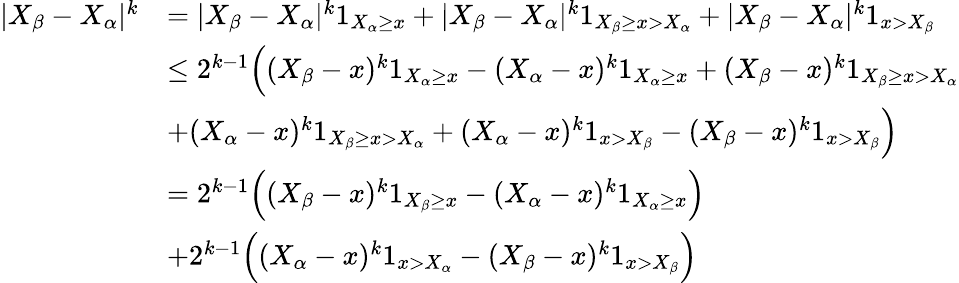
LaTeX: \begin{array}{rl}{|X_{\beta}-X_{\alpha}|^{k}}&{=|X_{\beta}-X_{\alpha}|^{k}1_{X_{\alpha}\geq x}+|X_{\beta}-X_{\alpha}|^{k}1_{X_{\beta}\geq x>X_{\alpha}}+|X_{\beta}-X_{\alpha}|^{k}1_{x>X_{\beta}}}\\ &{\leq 2^{k-1}\Big((X_{\beta}-x)^{k}1_{X_{\alpha}\geq x}-(X_{\alpha}-x)^{k}1_{X_{\alpha}\geq x}+(X_{\beta}-x)^{k}1_{X_{\beta}\geq x>X_{\alpha}}}\\ &{+(X_{\alpha}-x)^{k}1_{X_{\beta}\geq x>X_{\alpha}}+(X_{\alpha}-x)^{k}1_{x>X_{\beta}}-(X_{\beta}-x)^{k}1_{x>X_{\beta}}\Big)}\\ &{=2^{k-1}\Big((X_{\beta}-x)^{k}1_{X_{\beta}\geq x}-(X_{\alpha}-x)^{k}1_{X_{\alpha}\geq x}\Big)}\\ &{+2^{k-1}\Big((X_{\alpha}-x)^{k}1_{x>X_{\alpha}}-(X_{\beta}-x)^{k}1_{x>X_{\beta}}\Big)}\end{array}